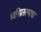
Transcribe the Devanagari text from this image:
ध्वनिप्रसरणाचा